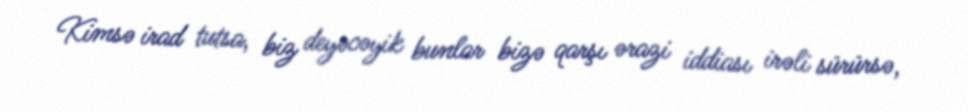
Kimsə irad tutsa, biz deyəcəyik bunlar bizə qarşı ərazi iddiası irəli sürürsə,